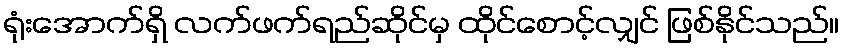
ရုံးအောက်ရှိ လက်ဖက်ရည်ဆိုင်မှ ထိုင်စောင့်လျှင် ဖြစ်နိုင်သည်။